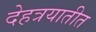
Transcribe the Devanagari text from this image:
देहत्रयातीत